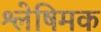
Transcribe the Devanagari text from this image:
श्लेषिमक